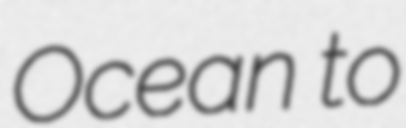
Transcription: Ocean to